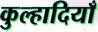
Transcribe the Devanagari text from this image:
कुल्हादियाँ